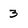
Character: 3